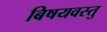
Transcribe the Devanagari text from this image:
बिषयवस्तु